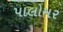
પાલોમર